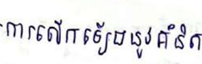
ការលើកឡើងនូវគំនិត